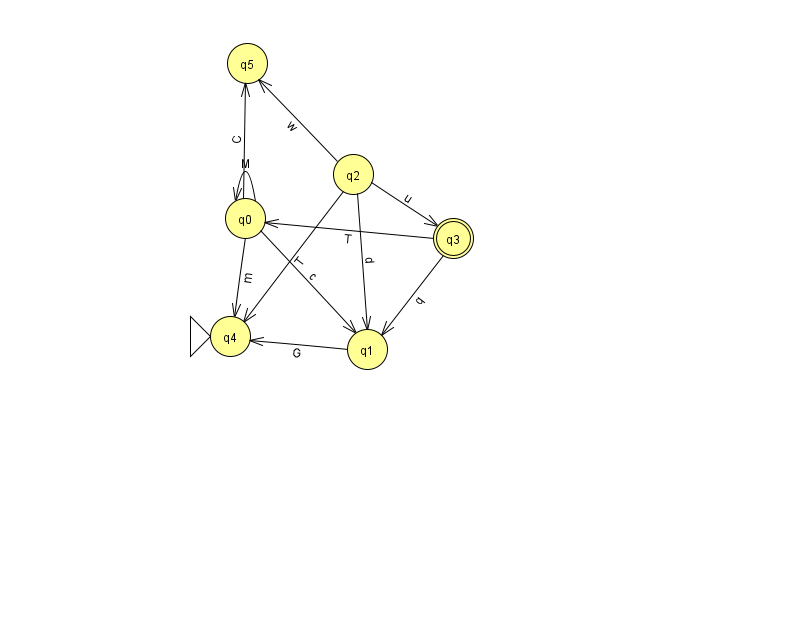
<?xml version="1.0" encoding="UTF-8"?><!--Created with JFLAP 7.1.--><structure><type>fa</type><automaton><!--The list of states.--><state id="0" name="q0"><x>245.0</x><y>205.0</y></state><state id="1" name="q1"><x>367.0</x><y>336.0</y></state><state id="2" name="q2"><x>353.0</x><y>161.0</y></state><state id="3" name="q3"><x>453.0</x><y>225.0</y><final/></state><state id="4" name="q4"><x>230.0</x><y>323.0</y><initial/></state><state id="5" name="q5"><x>247.0</x><y>50.0</y></state><!--The list of transitions.--><transition><from>2</from><to>4</to><read>T</read></transition><transition><from>0</from><to>5</to><read>C</read></transition><transition><from>3</from><to>1</to><read>q</read></transition><transition><from>2</from><to>5</to><read>w</read></transition><transition><from>2</from><to>3</to><read>u</read></transition><transition><from>1</from><to>4</to><read>G</read></transition><transition><from>3</from><to>0</to><read>T</read></transition><transition><from>0</from><to>0</to><read>M</read></transition><transition><from>0</from><to>4</to><read>m</read></transition><transition><from>0</from><to>1</to><read>c</read></transition><transition><from>2</from><to>1</to><read>d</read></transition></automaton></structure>